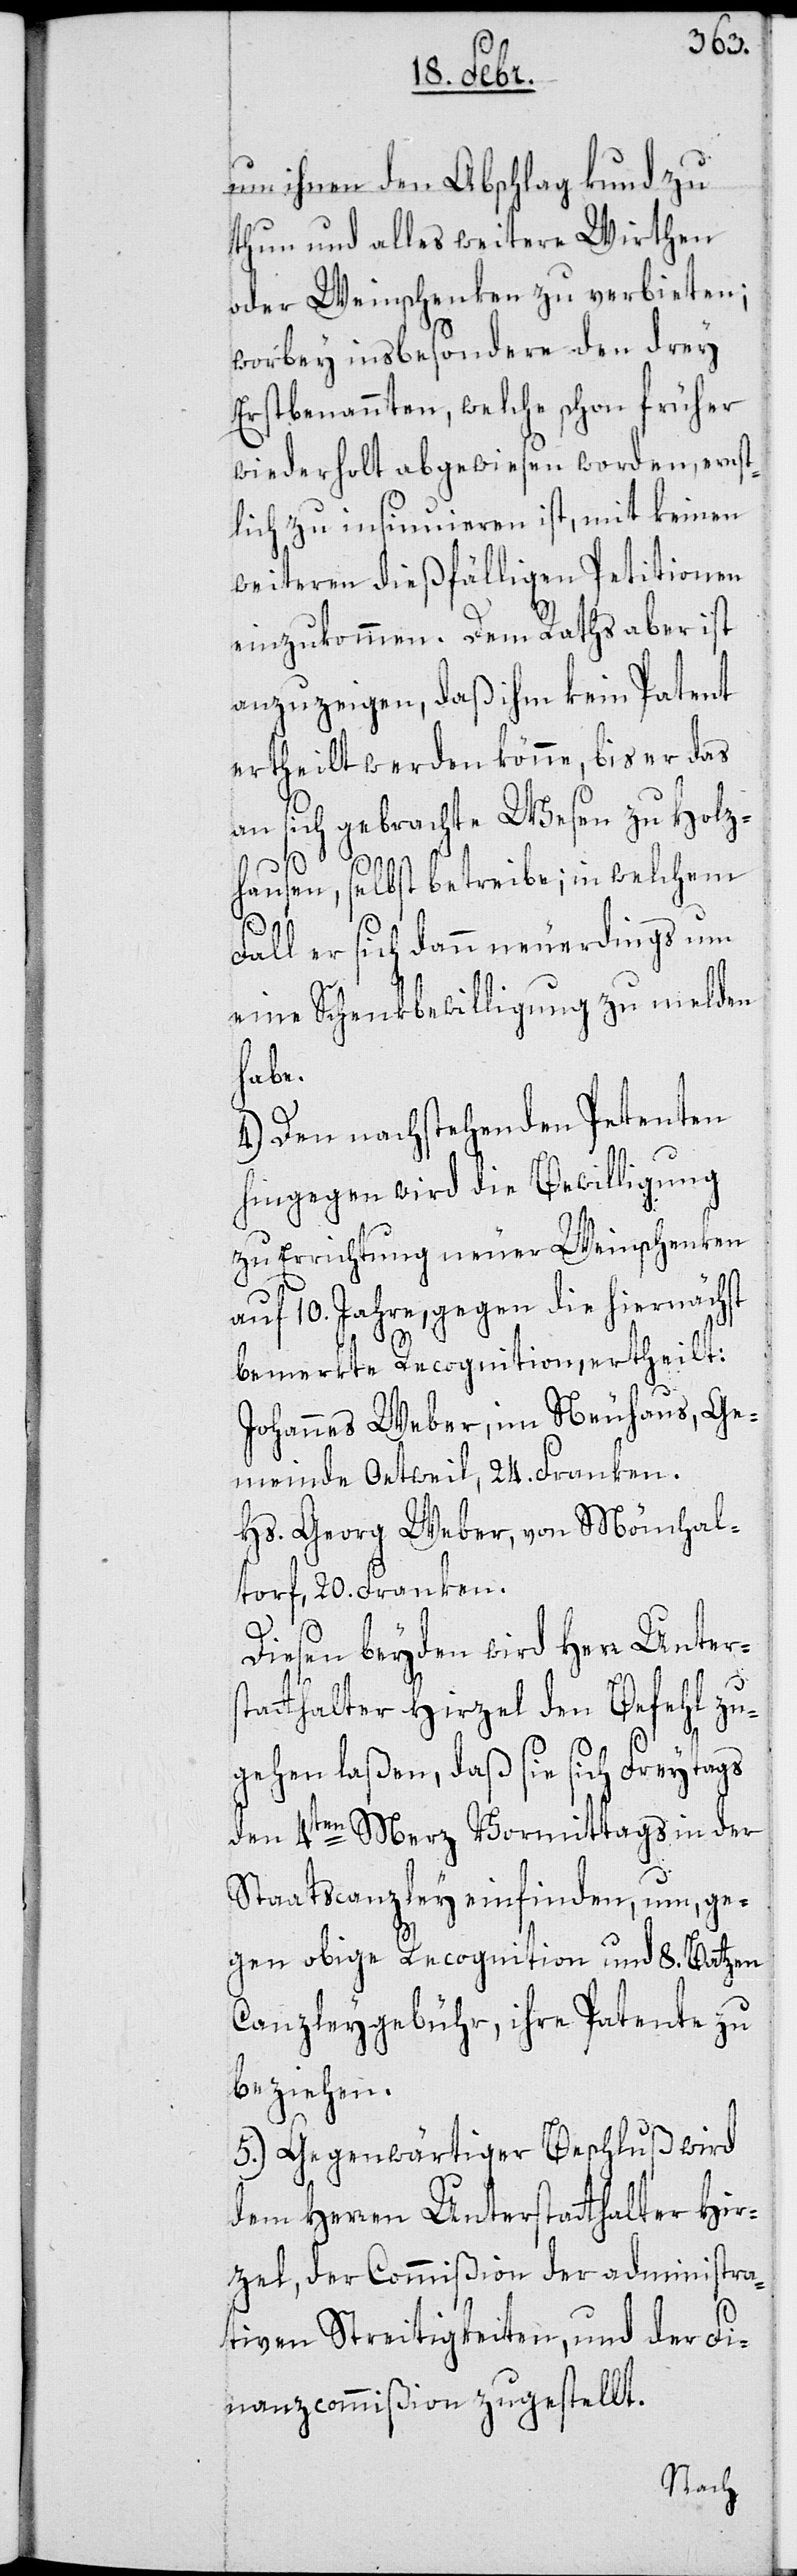
um ihnen den Abschlag kund zu
thun und alles weitere Wirthen
oder Weinschenken zu verbieten;
worbey insbesondere den drey
Erstbenannten, welche schon früher
wiederholt abgewiesen worden, ernst¬
lich zu insinuieren ist, mit keinen
weiteren dießfälligen Petitionen
einzukommen. Dem Raths aber ist
anzuzeigen, daß ihm kein Patent
ertheilt werden könne, bis er das
an sich gebrachte Wesen zu Holz¬
hausen, selbst betreibe; in welchem
Fall er sich dann neuerdings um
eine Schenkbewilligung zu melden
habe.
4.) Den nachstehenden Petenten
hingegen wird die Bewilligung
zu Errichtung neuer Weinschenken
auf 10. Jahre, gegen die hiernächst
bemerkte Recognition, ertheilt:
Johannes Weber, im Neuhaus, Ge¬
meinde Oetweil, 24. Franken.
Hs. Georg Weber, von Mönchal¬
torf, 20. Franken.
Diesen beyden wird Herr Unters¬
tatthalter Hirzel den Befehl zu¬
gehen laßen, daß sie sich Freytags
den 4ten Merz Vormittags in der
Staatscanzley einfinden, um, ge¬
gen obige Recognition und 8. Batzen
Canzleygebühr, ihre Patente zu
beziehen.
5.) Gegenwärtiger Beschluß wird
dem Herren Unterstatthalter Hir¬
zel, der Commißion der administra¬
tiven Streitigkeiten und der Fi¬
nanzcommißion zugestellt.